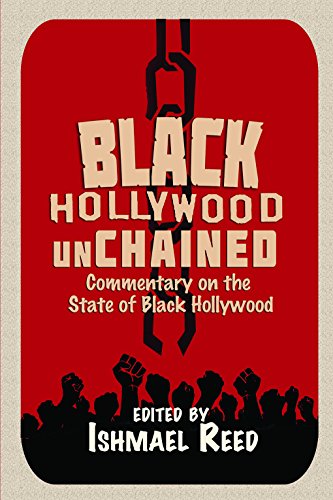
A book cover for Black Hollywood Unchained; Literature & Fiction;